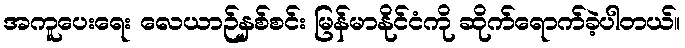
အကူပေးရေး လေယာဉ်နှစ်စင်း မြန်မာနိုင်ငံကို ဆိုက်ရောက်ခဲ့ပါတယ်။